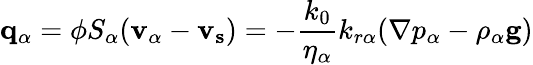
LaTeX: \mathbf{q_{\alpha}}=\phi S_{\alpha}(\mathbf{v_{\alpha}}-\mathbf{v_{s}})=-\frac{k_{0}}{\eta_{\alpha}}k_{r\alpha}(\nabla p_{\alpha}-\rho_{\alpha}\mathbf{g})